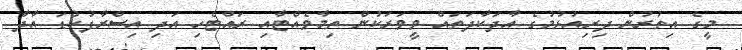
މީގެ އިތުރުން ދިރިއުޅުމުގެ އާދަކާދަތައް ވީވަރަކުން ތިމާވެއްޓާއި ރައްޓެހި އަދި އިސްރާފުކުޑަ އާދާ